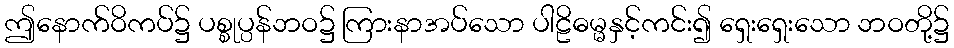
ဤနောက်ဝိကပ်၌ ပစ္စုပ္ပန်ဘဝ၌ ကြားနာအပ်သော ပါဠိဓမ္မနှင့်ကင်း၍ ရှေးရှေးသော ဘဝတို့၌